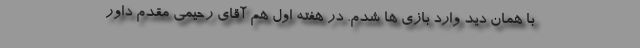
با همان دید وارد بازی ها شدم. در هفته اول هم آقای رحیمی مقدم داور